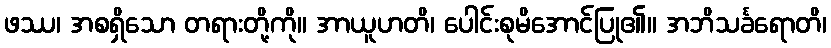
ဖဿ၊ အစရှိသော တရားတို့ကို။ အာယူဟတိ၊ ပေါင်းစုမိအောင်ပြု၏။ အဘိသင်္ခရောတိ၊